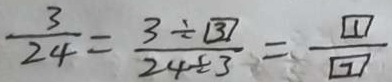
\frac { 3 } { 2 4 } = \frac { 3 \div \textcircled { 3 } } { 2 4 \div 3 } = \frac { \textcircled { 1 } } { \textcircled { 7 } }